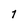
Character: 1